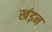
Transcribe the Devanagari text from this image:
खंड़न